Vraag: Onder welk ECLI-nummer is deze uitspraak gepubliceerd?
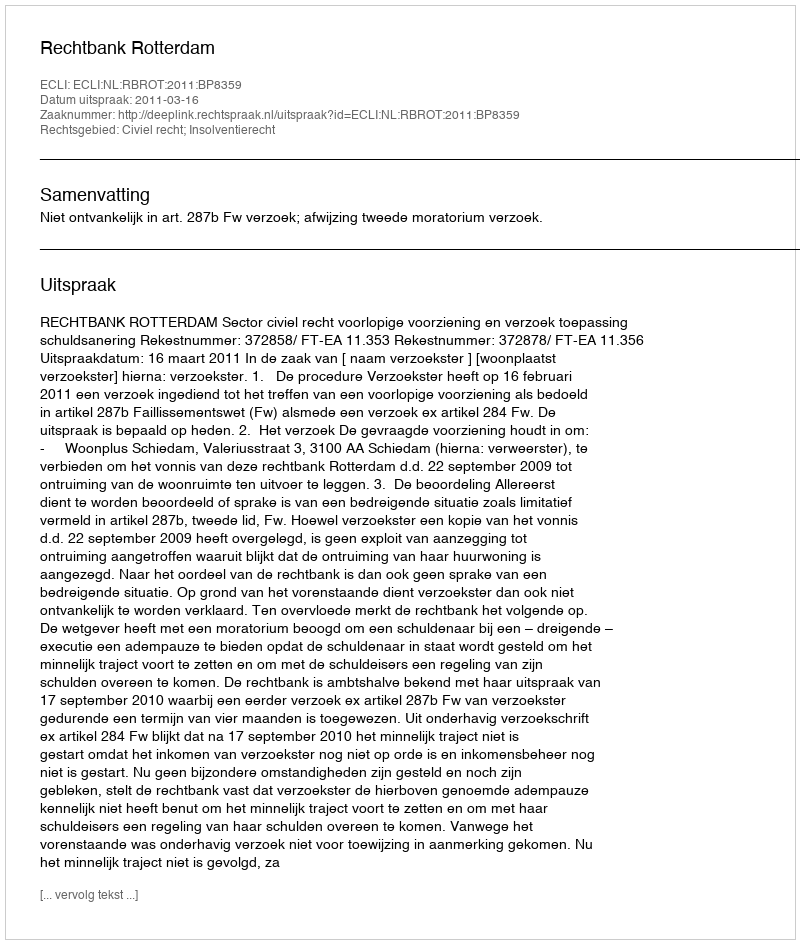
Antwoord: ECLI:NL:RBROT:2011:BP8359